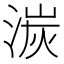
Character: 湠